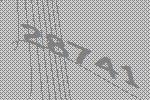
28741